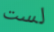
لست